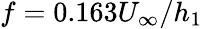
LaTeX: f=0.163U_{\infty}/h_{1}